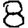
Digit: 8